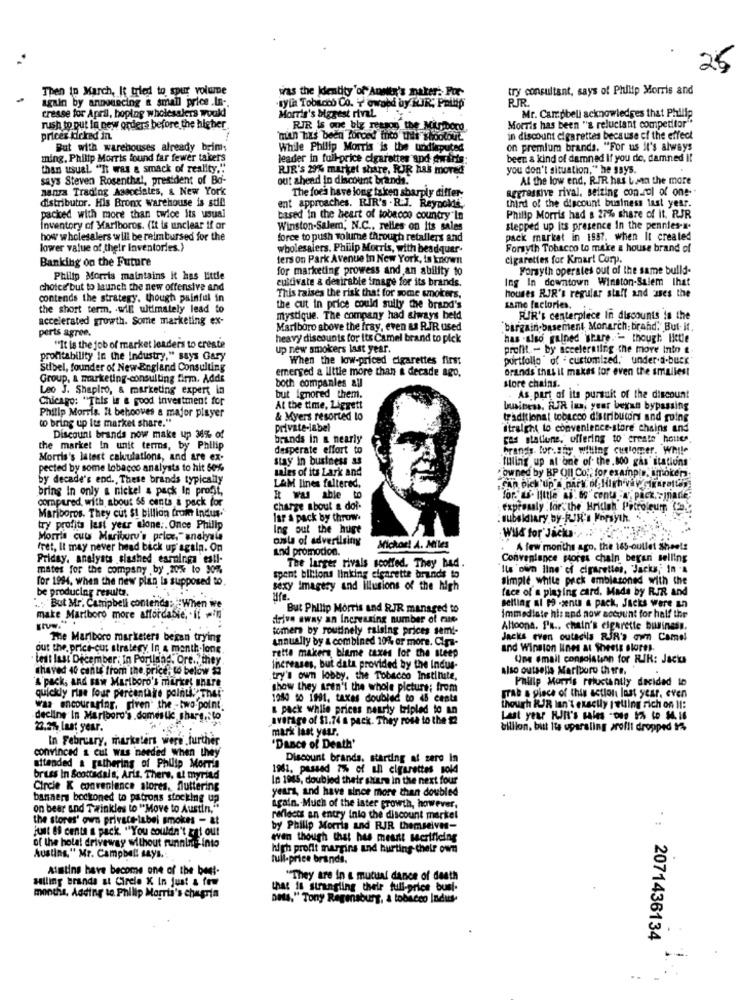
25
Then Ip March, It tried to spur volume
was the Identity 'of Annitr's maker. Por-
try consultant, says of Philip Morris and
again by announcing & small price .In -.
RJR.
nytt Tobacco Co. Y owned by KIR: Philip
Morris's biggest rival.
cresse for April, hoping wholesalers would
Mr. Campbell acknowledges that Philip
rush to put In new orders before the higher
RIR is one biz reason the Miniboro,
Morris has been "a reluctant competitor"
prices kicked in.
"man has been forced into this shootout
in discount cigarettes because of the effect
But with warehouses already beim;
While Philip Morris is the undisputed
on premium brands. "For us It's always
ming, Philip Morris found far fewer taker's
leader in full-price cigarettes and wirts:
been a kind of damned If you do, damned Il
than usual ""It was a smack of reality."
RIR'S 29% market share. JUR has moved
you don't situation," he says.
says Steven Rosenthal, president of Bo-
out ahead in discount brands.
Al the low end, RIR has bana the more
nanza Trading Associates, & New York
aggressive rival. seizing con.col of one-
distributor. His Bronx Warehouse is still
The foes have long taken sharply differ-
ent approaches. RIR's . R.J. Reynolds,
third of the discount business last year.
packed with more than twice its usual
based in the heart of tobacco country"In
Philip Morris had & 27% share of it. RJR
inventory of Mariboros. (It is unclear if or
Winston-Salem, N.C ., relies on Its sales
stepped up its presence In the pennies-s.
how wholesalers will be reimbursed for the
force to push volume through retailers and
pack market in 1987. when It created
lower value of their inventories.)
wholesalers. Philip Morris, with beadquer.
Forsyth Tobacco to make a house brand of
Banking on the Future
fers on Park Avenue In New York, is known
cigarettes for Kmart Corp.
for marketing prowess and an ability to
Forsyth operates out of the same bulld-
Philip Morris maintains it has little
cultivate & desirable image for its brands.
Ing In downtown Winston-Salem Ihat
choice but to launch the new offensive and
contends the strategy, though painful in
This raises the risk that for some smokers,
houses RJR's regular stalt and uses the
the short term. . will ultimately lead to
the cut in price could sully the brand's
same factories.
accelerated growth. Some marketing ex-
mystique. The company had always betd
RIR's centerpiece in discounts in the
perts agree.
Marlboro above the fray, even & RIR used
bargain basement, Monarch: brand. But- It
heavy discounts for its Camel brand to pick
has -also gained share .-- though little
"It is the job of market loaders to ereste
up new smokers last year.
profit - by accelerating the move Inin &
profitability In the Industry," says Gary
When the low-priced cigarettes first
portfolio " of - customized. under a.buck"
Sibel, founder of New England Consulting
emerged a little more than a decade ago,
Grands this it makes for even the smallest
Group, & marketing-consulting firm. Adds
both companies all
Leo J. Shapiro, & marketing expert in
store chains.
Chicago: "This is a good investment for
but ignored them.
. As part of its pursuit of the discount
At the time, Liggett
business. AJR ius, your began bypassing
Philip Morris. It behooves a major player
to bring up its market share."
& Myers resorted lo
traditional tobacco distributors and going
private-label
Straight to convenience-store chains and
Discount brands now make up 31% of
brands in a nearly
gas stations. offering to create house
the market In unit terms, by Philip
desperate effort to
brands. for.any willing customer. While
Morris's latest calculations, and are ex-
stay in business as
filling up al one of the.800 gas stations
pected by some tobacco analysts to hit 50%
sales of its Lark and
by decade's end ., These brands typically
"owned by BP Oll Cot, for example, smoker
bring In only a nickel & pack In profit,
LAM lines faltered.
compared, with about 56 cents & pack for
I was able to
for. - little . 69 cent -, Pack. - jnadie;
charge about & doi.
expressly for" the British Petroleum (ag
Mariboros. They cut $1 billion from Indus-
lar a pack by throw.
. subsidiary by-RIK's Forsyth. .
try profits last year alone .. Once Philip
Ing out the huge
Wild for'Jacku. ...
Morris cuts Maribury's peler, analysis
osla of advertising
fret, It may never head back up again. On
and promotion.
Michor! A. Miles
A few months ago, the 165-outlet Sheets
Priday, analysts slashed estnings esti-
The larger rivals scoffed. They had.
Convenience pores chain beyan selling
mates for the company by .70% to 90%
'Its 'ofm line of cigarettes, "Jacks; In a
for 1994, when the new plan is supposed to.
spent billions linking cigarette brands to
simple while prek emblazoned with the
be producing resulta.
sexy imagery and Illusions of the high
face of a pinging card. Made by RIR and
. . But Mr. Campbell contenda: When we
But Philip Morris and RJR managed to
Belling al Po zent a pack. Jacks were an
make Marlboro more affordable, it in
drive away an Increasing number of mie
Immediate his and now account for half the
tomers by routinely raising prices semi-
Altoona. FR ., chain's cigarette business.
The Marlboro marketers beian trying
annually by & combined 10% or more. Cipa-
Jacks even outacila RIR's own Camel
out the, price-cut strategy, In a month.long
and Winston lines at Sheets stores.
lest lass December; In Portland, Ore ., they
rette makers blame taxes for the steep
Une email consolation for RIR: Jack
shaved 40 cants from the price, to below 5
increases, but data provided by the Indus-
also outsells Marlboro there.
'&'pack, and saw Marlboro's market share
try's own lobby. the Tobacco Instinite,
Philip Morris reluctantly decided to
show they aren't the whole pleture; from
quickly rise four percentaire pointi, The!"
1080 00 1991. taxas doubled to is cente
grab a piece of this action last year, even
was encouraging, given the -two-point.
a pack while prices nearly tripled to an
though RIR lan't exactly I'etling rich on 11:
decline In Marlboro's.domestic share, to
average of $1.74 a pack. They rosa to the 2
Last year KIIt's sales -DID 1% to M. 16
22.3% last year.
mark last your.
billion, but its operating profit dropped 1%
In February, marketers were further
"Dance of Death'
convinced & cut was needed when they
Discount brands. starting at zero in
attended a gathering of Philip Morris
1961. passed 7% of all cigarettes sold
briss In Scottsdale, Aris. There, ul myriad
In 1965, doubled their share in the next four
Circle K convenience stores. fluttering
years, and have since more than doubled
banners bockoned to patrons stocking up
on bear and Twinkies to "Move to Austin,"
again .- Much of the ister growth, however,
the stores' own private label smokes - &t
reflects an entry into the discount market
by Philip Morris and RJR themselves-
just 69 cents a pack "You couldn't zat out
even though that has meant sacrificing
of the hola! driveway without running into
high profit margins and hurting- their own
Austing," Mr. Campbell says .:
tull-price brands,
Austins have become one of the best-
"They are in a mutual dance of death
that is strangling their full-price busi-
months, Adding to Philip Morris's chagrin
DES," Tony Regensburg, a tobacco Indus-
:: 2071436134